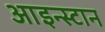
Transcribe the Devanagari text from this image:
आइन्स्टान